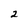
Character: 2